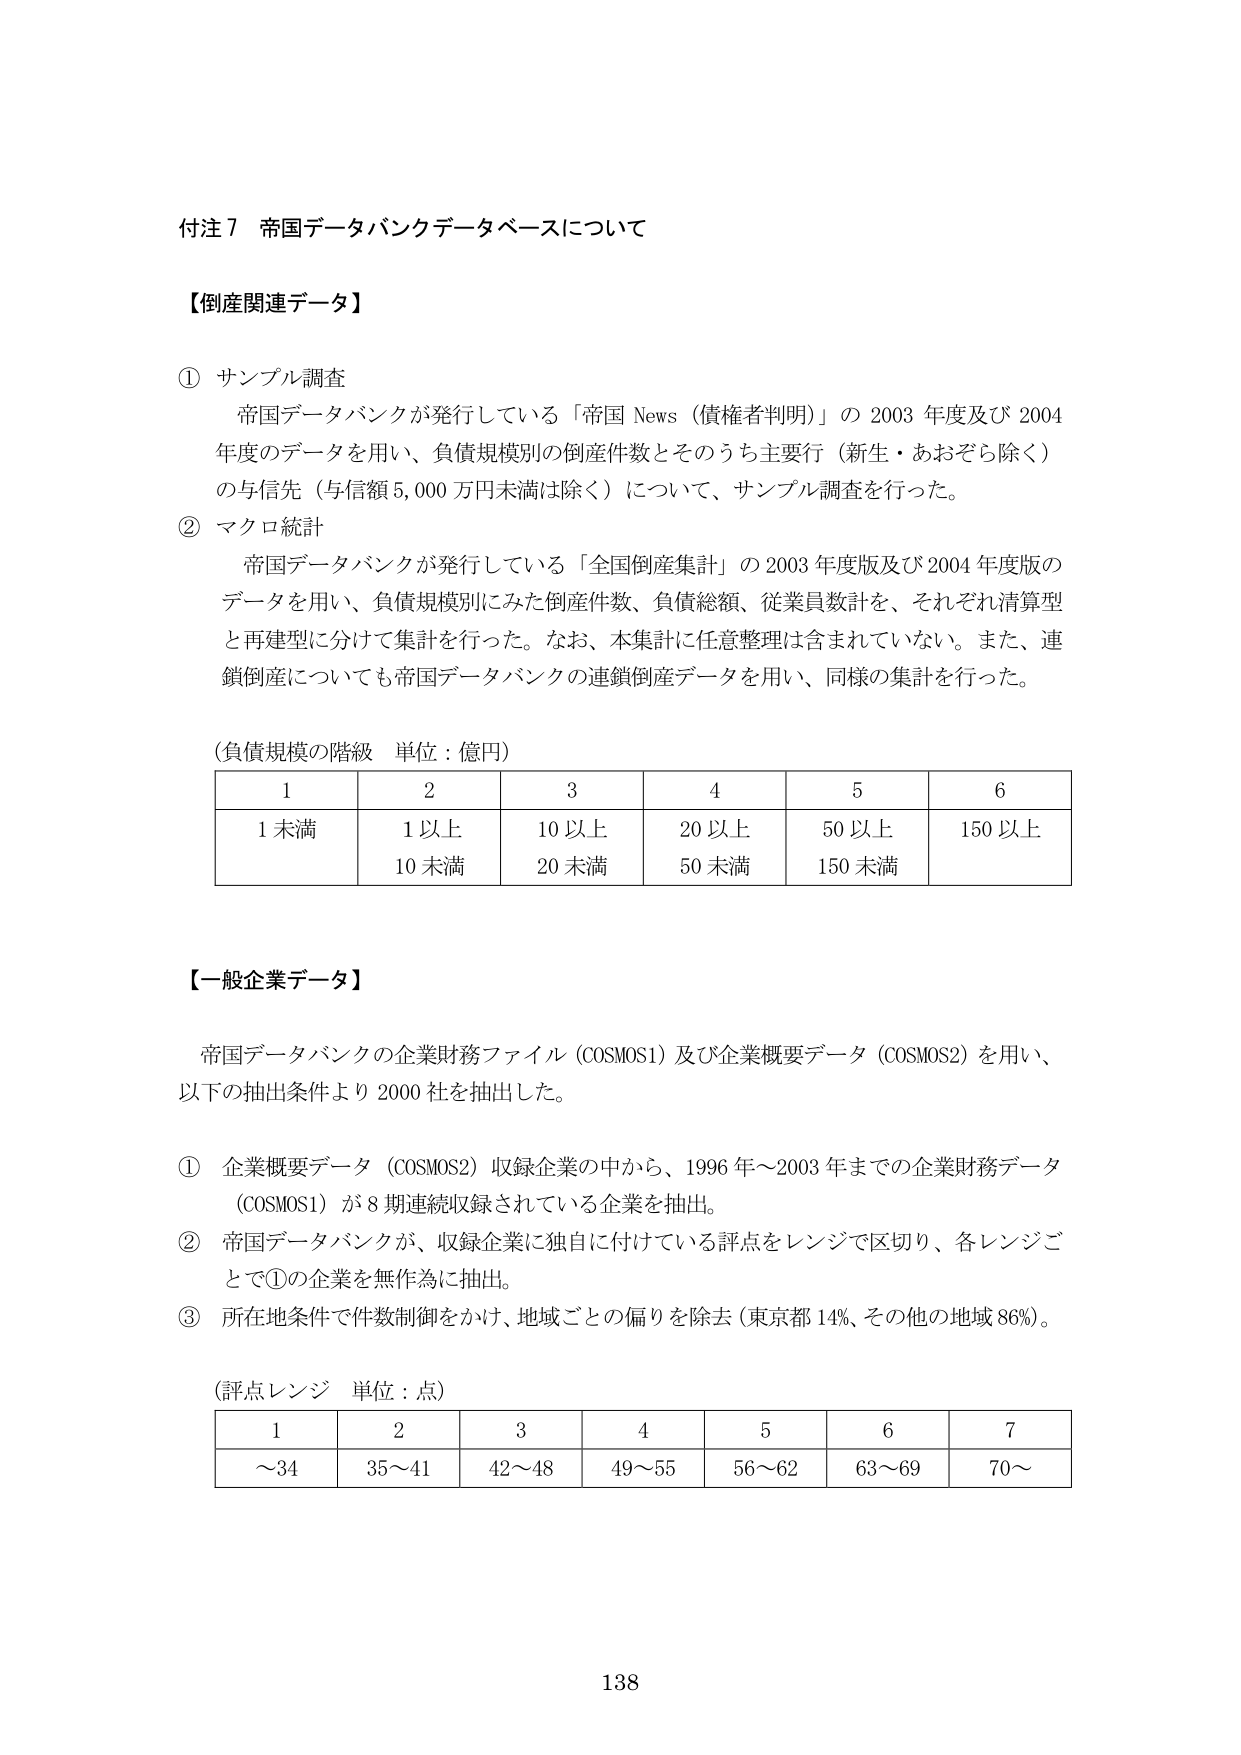
付注7 帝国データバンクデータベースについて

【倒産関連データ】

① サンプル調査
帝国データバンクが発行している「帝国 News（債権者判明）」の 2003 年度及び 2004 年度のデータを用い、負債規模別の倒産件数とそのうち主要行（新生・あおぞら除く）の与信先（与信額 5,000 万円未満は除く）について、サンプル調査を行った。

② マクロ統計
帝国データバンクが発行している「全国倒産集計」の 2003 年度版及び 2004 年度版のデータを用い、負債規模別にみた倒産件数、負債総額、従業員数計を、それぞれ清算型と再建型に分けて集計を行った。なお、本集計に任意整理は含まれていない。また、連鎖倒産についても帝国データバンクの連鎖倒産データを用い、同様の集計を行った。

（負債規模の階級 単位：億円）
1 2 3 4 5 6
1 未満 1 以上 10 以上 20 以上 50 以上 150 以上
10 未満 20 未満 50 未満 150 未満

【一般企業データ】

帝国データバンクの企業財務ファイル（COSMOS1）及び企業概要データ（COSMOS2）を用い、以下の抽出条件より 2000 社を抽出した。

① 企業概要データ（COSMOS2）収録企業の中から、1996 年～2003 年までの企業財務データ（COSMOS1）が 8 期連続収録されている企業を抽出。

② 帝国データバンクが、収録企業に独自に付けている評点をレンジで区切り、各レンジごとで①の企業を無作為に抽出。

③ 所在地条件で件数制御をかけ、地域ごとの偏りを除去（東京都 14%、その他の地域 86%）。

（評点レンジ 単位：点）
1 2 3 4 5 6 7
～34 35～41 42～48 49～55 56～62 63～69 70～

138